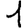
Digit: 1